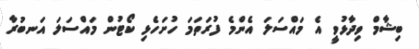
ބިޝާމް ވިދާޅުވީ އެ މައްސަލަ އެންމެ ފުރަތަމަ ހުށަހެޅި ކޯޓުން މައްސަލަ އަނބުރާ